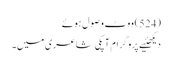
(524) ووٹ وصول ہوئے
دیکھئیے پروگرام آپکی شاعری میں۔